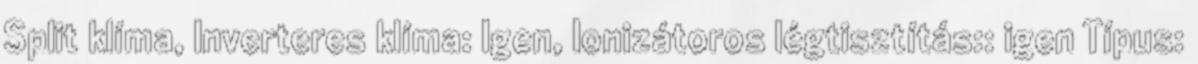
Split klíma, Inverteres klíma: Igen, Ionizátoros légtisztítás:: igen Típus: